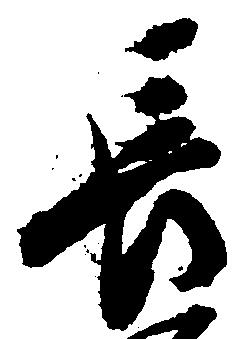
長